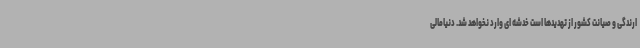
ارندگی و صیانت کشور از تهدیدها است خدشه ای وارد نخواهد شد. دنیامالی